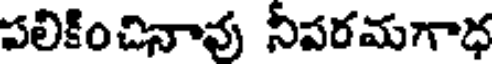
పలికించినావు నీపరమగాధ